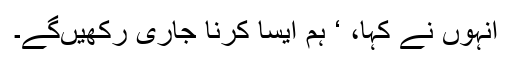
انہوں نے کہا، ‘ ہم ایسا کرنا جاری رکھیں‌گے۔